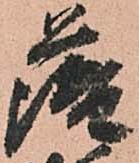
薩